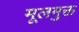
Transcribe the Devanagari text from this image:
मूलमुक्त